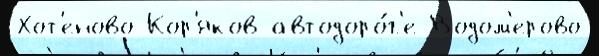
Хот'еново Кор'яков автодоро́г'е Водом'ерово